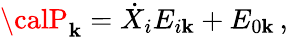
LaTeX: {\calP}_{\mathbf{k}}=\dot{{X}}_{i}E_{i\mathbf{k}}+E_{0\mathbf{k}}\, ,